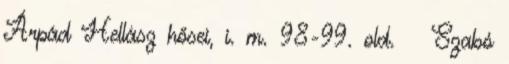
Árpád Hellász hősei, i. m. 98-99. old. ↑ Szabó